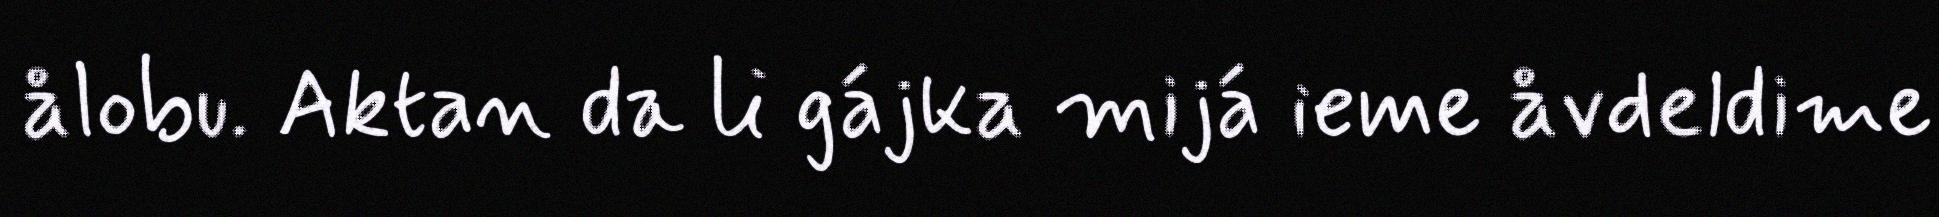
ålobu. Aktan da li gájka mijá ieme åvdeldime